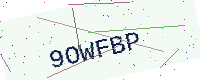
Text: 9OWFBP